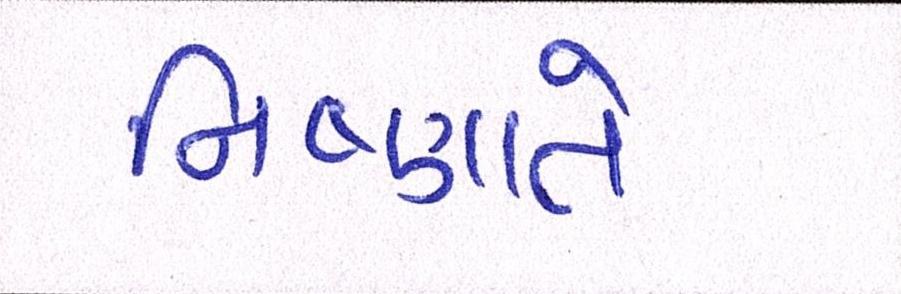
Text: નિષ્ણાતે